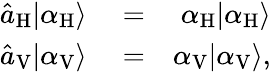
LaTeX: \begin{array}{rlr}{\hat{a}_{\mathrm{H}}|\alpha_{\mathrm{H}}\rangle}&{{}=}&{\alpha_{\mathrm{H}}|\alpha_{\mathrm{H}}\rangle}\\ {\hat{a}_{\mathrm{V}}|\alpha_{\mathrm{V}}\rangle}&{{}=}&{\alpha_{\mathrm{V}}|\alpha_{\mathrm{V}}\rangle,}\end{array}